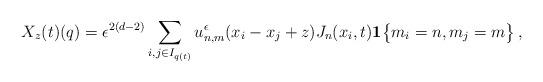
LaTeX: \begin{align*}X_z(t) (q) = \epsilon^{2(d-2)} \sum_{i,j \in I_{q(t)}} u_{n,m}^{\epsilon} (x_i- x_j + z) J_n (x_i,t)\mathbf{1} \big\{ m_i = n , m_j = m \big\} \, ,\end{align*}